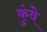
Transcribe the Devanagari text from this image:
कुंवे